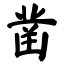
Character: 凿